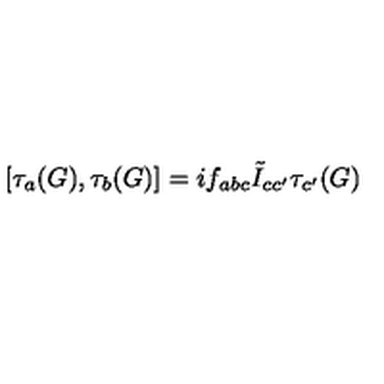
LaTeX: \left[ { { \tau } _ { a } ( G ) } , { { \tau } _ { b } ( G ) } \right] = i { f } _ { a b c } \tilde { I } _ { c c ^ { \prime } } { \tau _ { c ^ { \prime } } ( G ) }